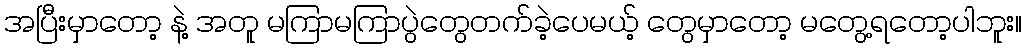
အပြီးမှာတော့ နဲ့ အတူ မကြာမကြာပွဲတွေတက်ခဲ့ပေမယ့် တွေမှာတော့ မတွေ့ရတော့ပါဘူး။